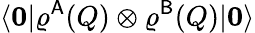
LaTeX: \langle\boldsymbol{0}|\varrho^{\mathsf{A}}(Q)\otimes\varrho^{\mathsf{B}}(Q)|\boldsymbol{0}\rangle